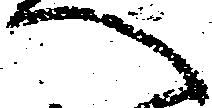
へ